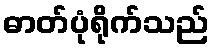
ဓာတ်ပုံရိုက်သည်